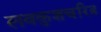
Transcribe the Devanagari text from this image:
लवकुशचरित्र